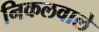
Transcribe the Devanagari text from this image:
निकलवाले